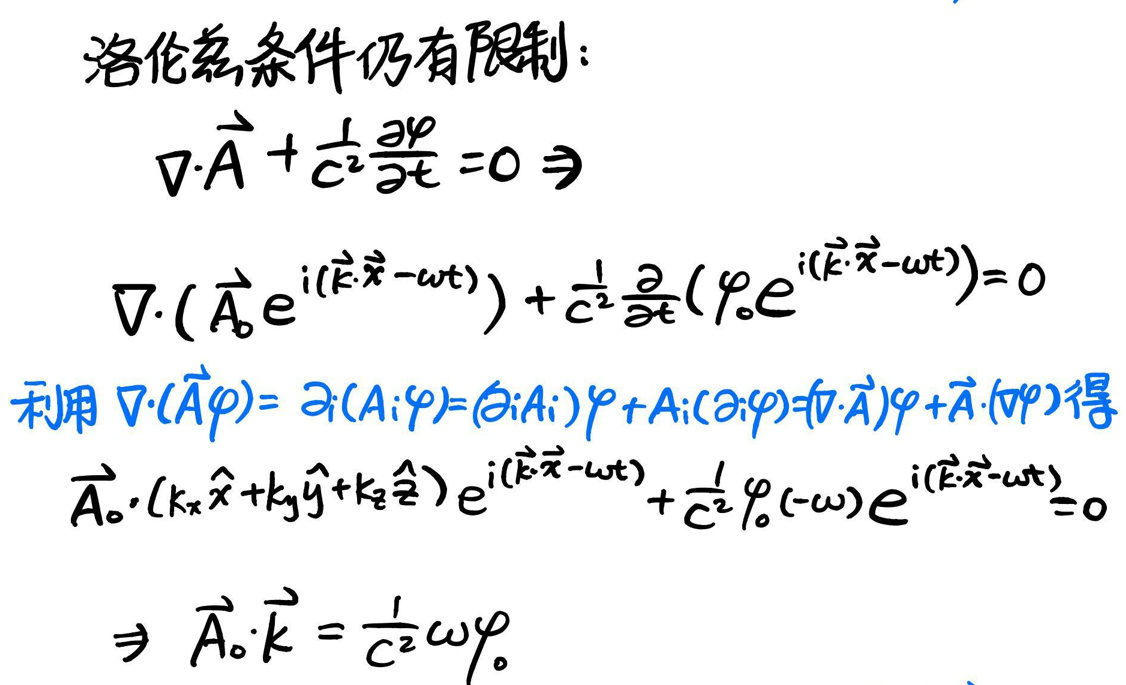
洛伦兹条件仍有限制：\\
\[\nabla\cdot\vec{A}+\frac{1}{c^{2}}\frac{\partial\varphi}{\partial t}=0\Rightarrow\]\\
\[\nabla\cdot(\vec{A}_{0}e^{i(\vec{k}\cdot\vec{x}-\omega t)})+\frac{1}{c^{2}}\frac{\partial}{\partial t}(\varphi_{0}e^{i(\vec{k}\cdot\vec{x}-\omega t)})=0\]\\
利用\(\nabla\cdot(\vec{A}\varphi)=\partial_{i}(A_{i}\varphi)=(\partial_{i}A_{i})\varphi+A_{i}(\partial_{i}\varphi)+(\nabla\cdot\vec{A})\varphi+\vec{A}\cdot(\nabla\varphi)\)得\\
\[\vec{A}_{0}\cdot(\vec{k}_{x}\hat{x}+\vec{k}_{y}\hat{y}+\vec{k}_{z}\hat{z})e^{i(\vec{k}\cdot\vec{x}-\omega t)}+\frac{1}{c^{2}}\varphi_{0}(-\omega)e^{i(\vec{k}\cdot\vec{x}-\omega t)}=0\]\\
\[\Rightarrow\vec{A}_{0}\cdot\vec{k}=\frac{1}{c^{2}}\omega\varphi_{0}\]